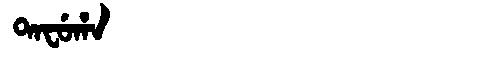
Manchu: ᡨᠠᠸᡠᡥᠠ
Romanization: TAFUHA